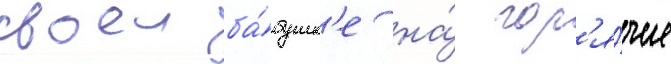
своеи ба́бушк'е на́ гор'я́чие